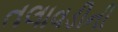
તલાવડીની